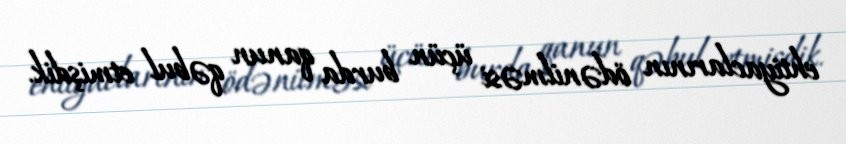
ehtiyaclarının ödənilməsi üçün burda qanun qəbul etmişdik.